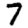
Digit: 7